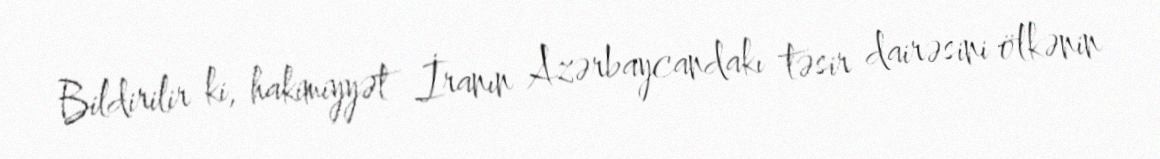
Bildirilir ki, hakimiyyət İranın Azərbaycandakı təsir dairəsini ölkənin